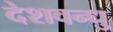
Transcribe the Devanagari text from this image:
देशवन्धु